Lunatic asylums Central Provinces reports 1874-1885 - 1874-1885
Year: 1874
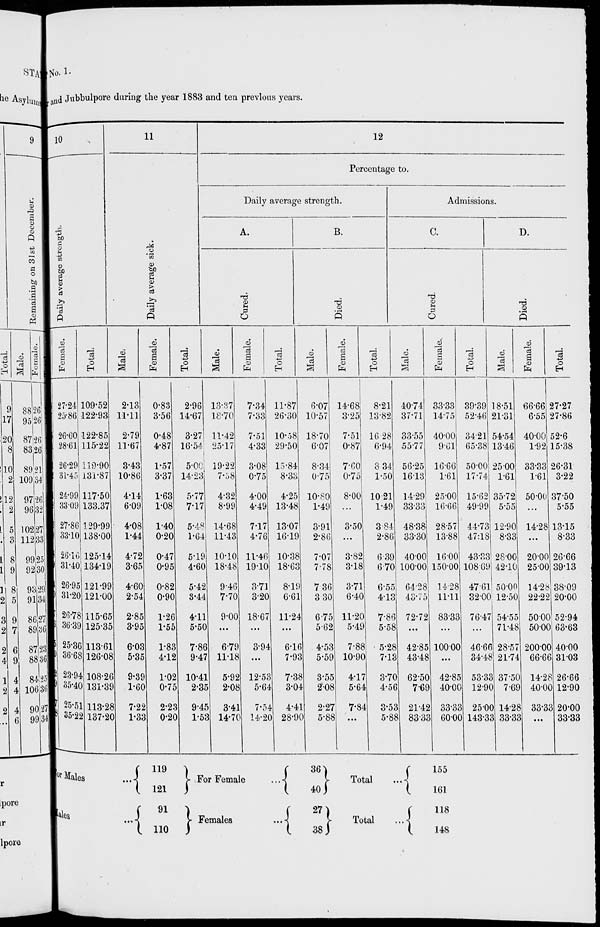
No. 1.
Nagpur and Jubbulpore during the year 1883 and ten previous years.
10
Daily average strength.
Female.
27.24
25.86
26.60
28.61
26.29
31.45
24.99
33.09
27.86
33.10
26.16
31.40
26.95
31.20
26.78
36.39
25.36
36.68
23.94
35.40
25.51
35.22
Total.
109.52
122.93
122.85
115.22
119.90
131.87
117.50
133.37
129.99
138.00
125.14
134.19
121.99
121.00
115.65
125.35
113.61
126.08
108.26
131.39
113.28
137.20
11
Daily average sick.
Male.
2.13
11.11
2.79
11.67
3.43
10.86
4.14
6.09
4.08
1.44
4.72
3.65
4.60
2.54
2.85
3.95
6.03
5.35
9.39
1.60
7.22
1.33
Female.
0.83
3.56
0.48
4.87
1.57
3.37
1.63
1.08
l.40
0.20
0.47
0.95
0.82
0.90
1.26
1.55
1.83
4.12
1.02
0.75
2.23
0.20
Total.
2.96
14.67
3.27
16.54
5.00
14.23
5.77
7.17
5.48
1.64
5.19
4.60
5.42
3.44
4.11
5.50
7.86
9.47
10.41
2.35
9.45
1.53
12
Percentage to.
Daily average strength.
A.
Cured.
Male.
13.37
18.70
11.42
25.17
19.22
7.38
4.32
8.99
14.68
11.43
10.10
18.48
9.46
7.70
9.00
...
6.79
11.18
5.95
2.08
3.41
14.70
Female.
7.34
7.33
7.51
4.33
3.08
0.75
4.00
4.49
7.17
4.76
11.46
19.10
3.71
3.20
18.67
...
3.94
...
12.53
5.64
7.54
14.20
Total.
11.87
26.30
10.58
29.50
15.84
8.33
4.25
13.48
13.07
16.19
10.38
18.63
8.19
6.61
11.24
...
6.16
7.93
7.38
3.04
4.41
28.90
B.
Died.
Male.
6.07
10.57
18.70
6.07
8.34
0.75
10.80
1.49
3.91
2.86
7.07
7.78
7.36
3.30
6.75
5.62
4.53
5.59
3.55
2.08
2.27
5.88
Female.
14.68
3.25
7.51
0.87
7.60
0.75
8.00
...
3.50
...
3.82
3.18
3.71
6.40
11.20
5.49
7.88
10.90
4.17
5.64
7.84
...
Total.
8.21
13.82
16.28
6.94
8.34
1.50
10.21
1.49
3.84
2.86
6.39
6.70
6.55
4.13
7.86
5.58
5.28
7.13
3.70
4.56
3.53
5.88
Admissions.
C.
Cured.
Male.
40.74
37.71
33.55
557.7
56.25
16.13
14.29
33.33
48.38
33.30
40.00
100.00
64.28
43.75
72.72
...
42.85
43.48
62.50
7.69
21.42
83.33
Female.
33.33
14.75
40.00
9.61
16.66
1.61
25.00
16.66
28.57
13.88
16.00
150.00
14.28
11.11
83.33
...
100.00
...
42.85
40.00
33.33
60.00
Total.
39.39
52.46
34.21
65.38
50.00
17.74
15.62
49.99
44.73
47.18
43.33
108.69
47.61
32.00
76.47
...
46.66
34.48
53.33
12.90
25.00
143.33
D.
Died.
Male.
18.51
21.31
54.54
13.46
25.00
1.61
35.72
5.55
12.90
8.33
28.00
42.10
50.00
12.50
54.55
71.48
28.57
21.74
37.50
7.69
14.28
33.33
Female.
66.66
6.55
40.00
1.92
33.33
1.61
50.00
...
14.28
...
20.00
25.00
14.28
22.22
50.00
50.00
200.00
66.66
14.28
40.00
33.33
...
Total.
27.27
27.86
52.6
15.38
26.31
3.22
37.50
5.55
13.15
8.33
26.66
39.13
38.09
20.00
52.94
63.63
40.00
31.03
26.66
12.90
20.00
33.33
or Males ...
Males ...
119
121
91
110
For Female ...
Females ...
36
40
27
38
Total ...
Total ...
155
161
118
148